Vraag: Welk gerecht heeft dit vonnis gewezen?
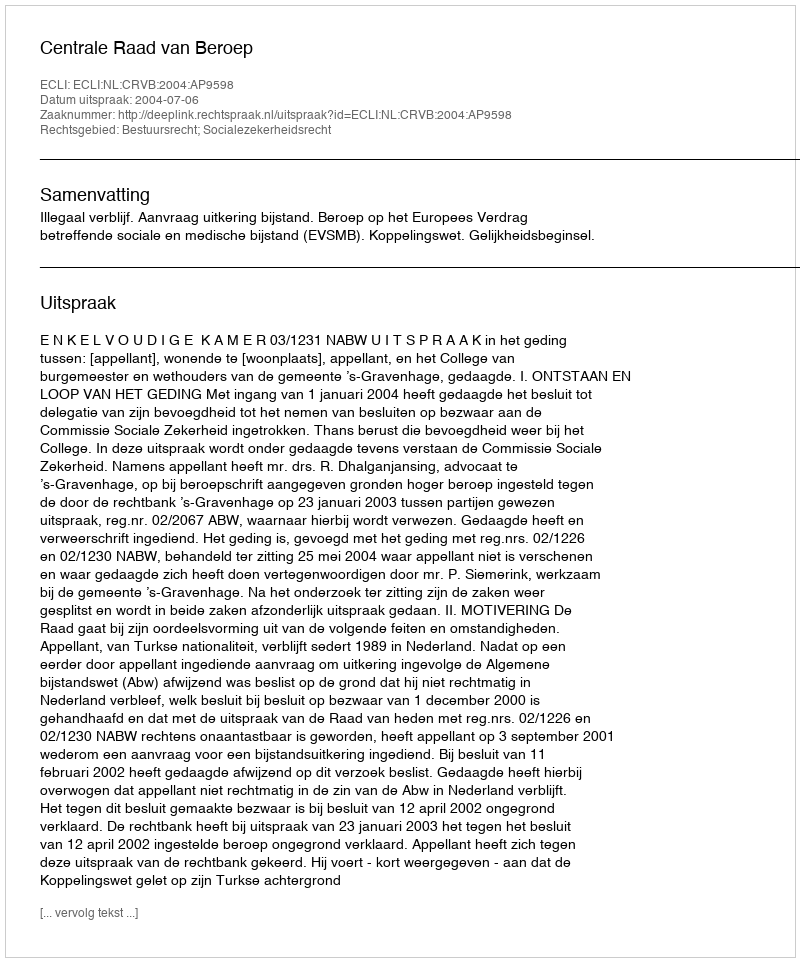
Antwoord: Centrale Raad van Beroep